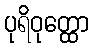
ပုရိဝုတ္ထော